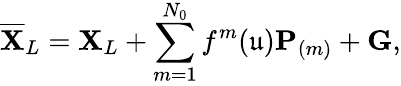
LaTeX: \overline{{\mathbf{X}}}_{L}=\mathbf{X}_{L}+\sum_{m=1}^{N_{0}}f^{m}(\mathfrak{u})\mathbf{P}_{(m)}+\mathbf{G},